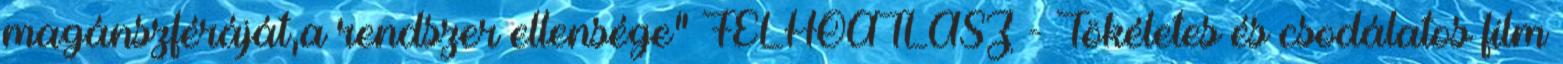
magánszféráját,a rendszer ellensége" FELHŐATLASZ - Tökéletes és csodálatos film